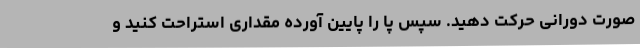
صورت دورانی حرکت دهید. سپس پا را پایین آورده مقداری استراحت کنید و